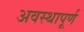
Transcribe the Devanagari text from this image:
अवस्थापूर्ण